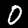
Digit: 0